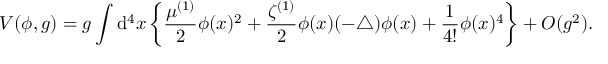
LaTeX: V ( \phi , g ) = g \int { \mathrm d } ^ { 4 } x \left\{ \frac { \mu ^ { ( 1 ) } } { 2 } \phi ( x ) ^ { 2 } + \frac { \zeta ^ { ( 1 ) } } { 2 } \phi ( x ) ( - \bigtriangleup ) \phi ( x ) + \frac { 1 } { 4 ! } \phi ( x ) ^ { 4 } \right\} + O ( g ^ { 2 } ) .